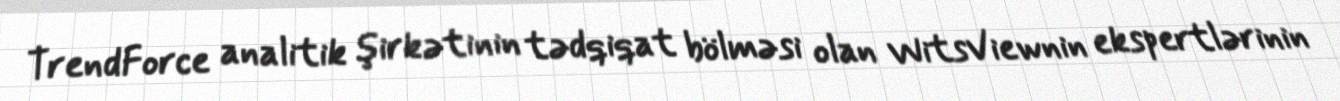
TrendForce analitik şirkətinin tədqiqat bölməsi olan WitsViewnin ekspertlərinin